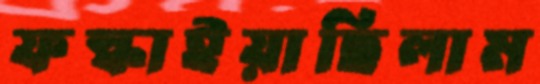
ফস্‌কাইয়াছিলাম